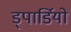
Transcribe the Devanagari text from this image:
ड्पार्डियो